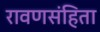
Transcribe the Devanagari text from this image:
रावणसंहिता